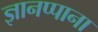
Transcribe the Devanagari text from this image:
ज्ञानप्पाना